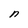
Character: n